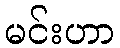
မင်းဟာ